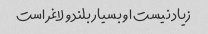
زیاد نیست او بسیار بلند و لاغر است